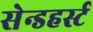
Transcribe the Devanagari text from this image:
सेन्डहर्स्ट